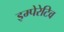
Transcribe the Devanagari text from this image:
इम्पेरेटिव